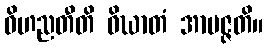
ဝိဟညတီတိ ဝိဃာတံ အာပဇ္ဇတိ။